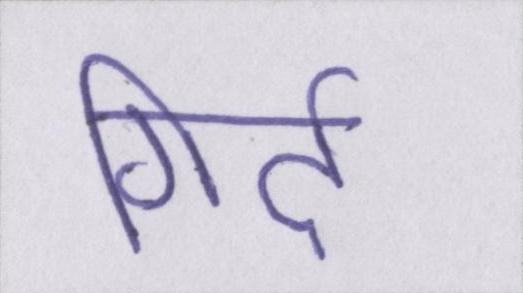
गिर्द